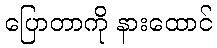
ပြောတာကို နားထောင်